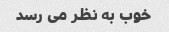
خوب به نظر می رسد